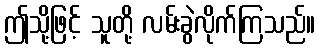
ဤသို့ဖြင့် သူတို့ လမ်းခွဲလိုက်ကြသည်။